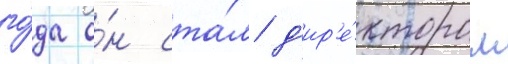
го́да о́н ста́л д'ир'е́ктором